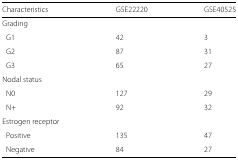
| Characteristics | GSE22220 | GSE40525 |
 | --- | --- | --- |
 | Grading |  |  |
 | G1 | 42 | 3 |
 | G2 | 87 | 31 |
 | G3 | 65 | 27 |
 | Nodal status |  |  |
 | N0 | 127 | 29 |
 | N+ | 92 | 32 |
 | Estrogen receptor |  |  |
 | Positive | 135 | 47 |
 | Negative | 84 | 27 |